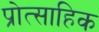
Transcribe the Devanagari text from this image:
प्रोत्साहिक